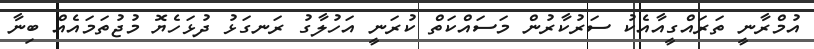
އުމްރާނީ ތަރައްގީއާއެކު ސަރުކާރުން މަސައްކަތް ކުރަނީ އަހުލާގު ރަނގަޅު ދުޅަހެޔޮ މުޖުތަމައެއް ބިނާ